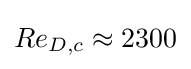
{Re_{D,c}\approx 2300}